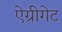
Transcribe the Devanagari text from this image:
ऐग्रीगेट